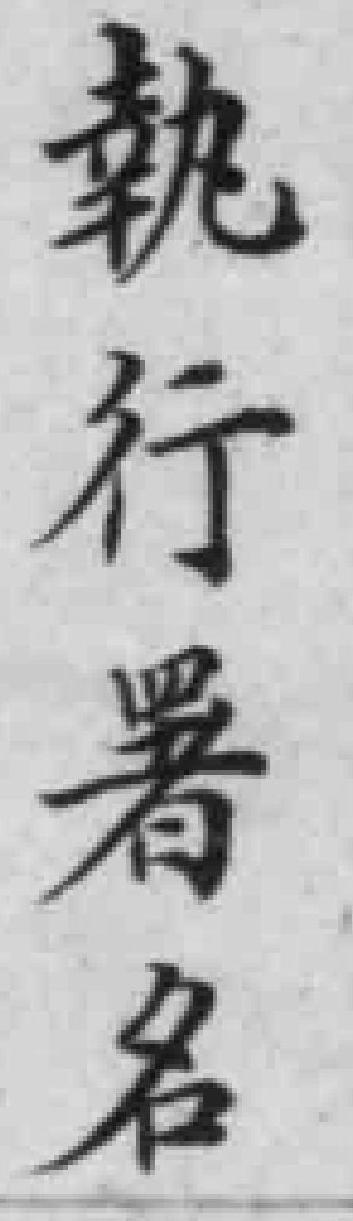
執行署名